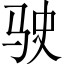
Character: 驶